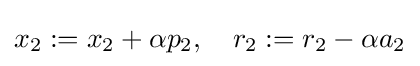
x_{2}:=x_{2}+\alpha p_{2},\quad r_{2}:=r_{2}-\alpha a_{2}